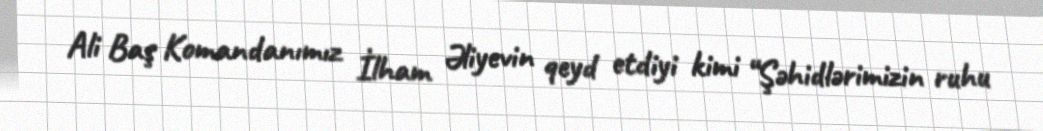
Ali Baş Komandanımız İlham Əliyevin qeyd etdiyi kimi “Şəhidlərimizin ruhu